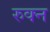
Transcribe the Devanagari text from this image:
रुक्न